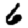
Digit: 6